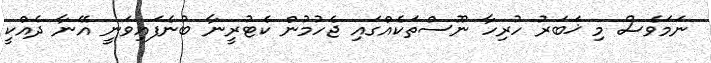
ނަމަވެސް މި ޚަބަރު ހުރިހާ ނޫސްތަކެއްގައި ޖެހުމުން ކެޓުރީނާ ބުނެފައިވަނީ އޭނާ ދެއްކީ